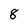
Character: 8